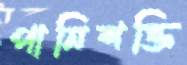
পানিশক্তি